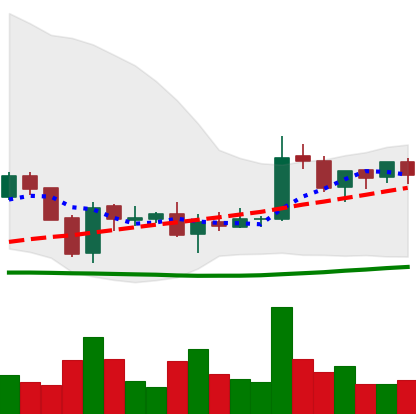
Ticker: EOS-USD
Chart end date: 2018-06-08
Forward return: -27.732%
Label: down_7plus